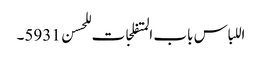
اللباس باب المتفلجات للحسن 5931۔